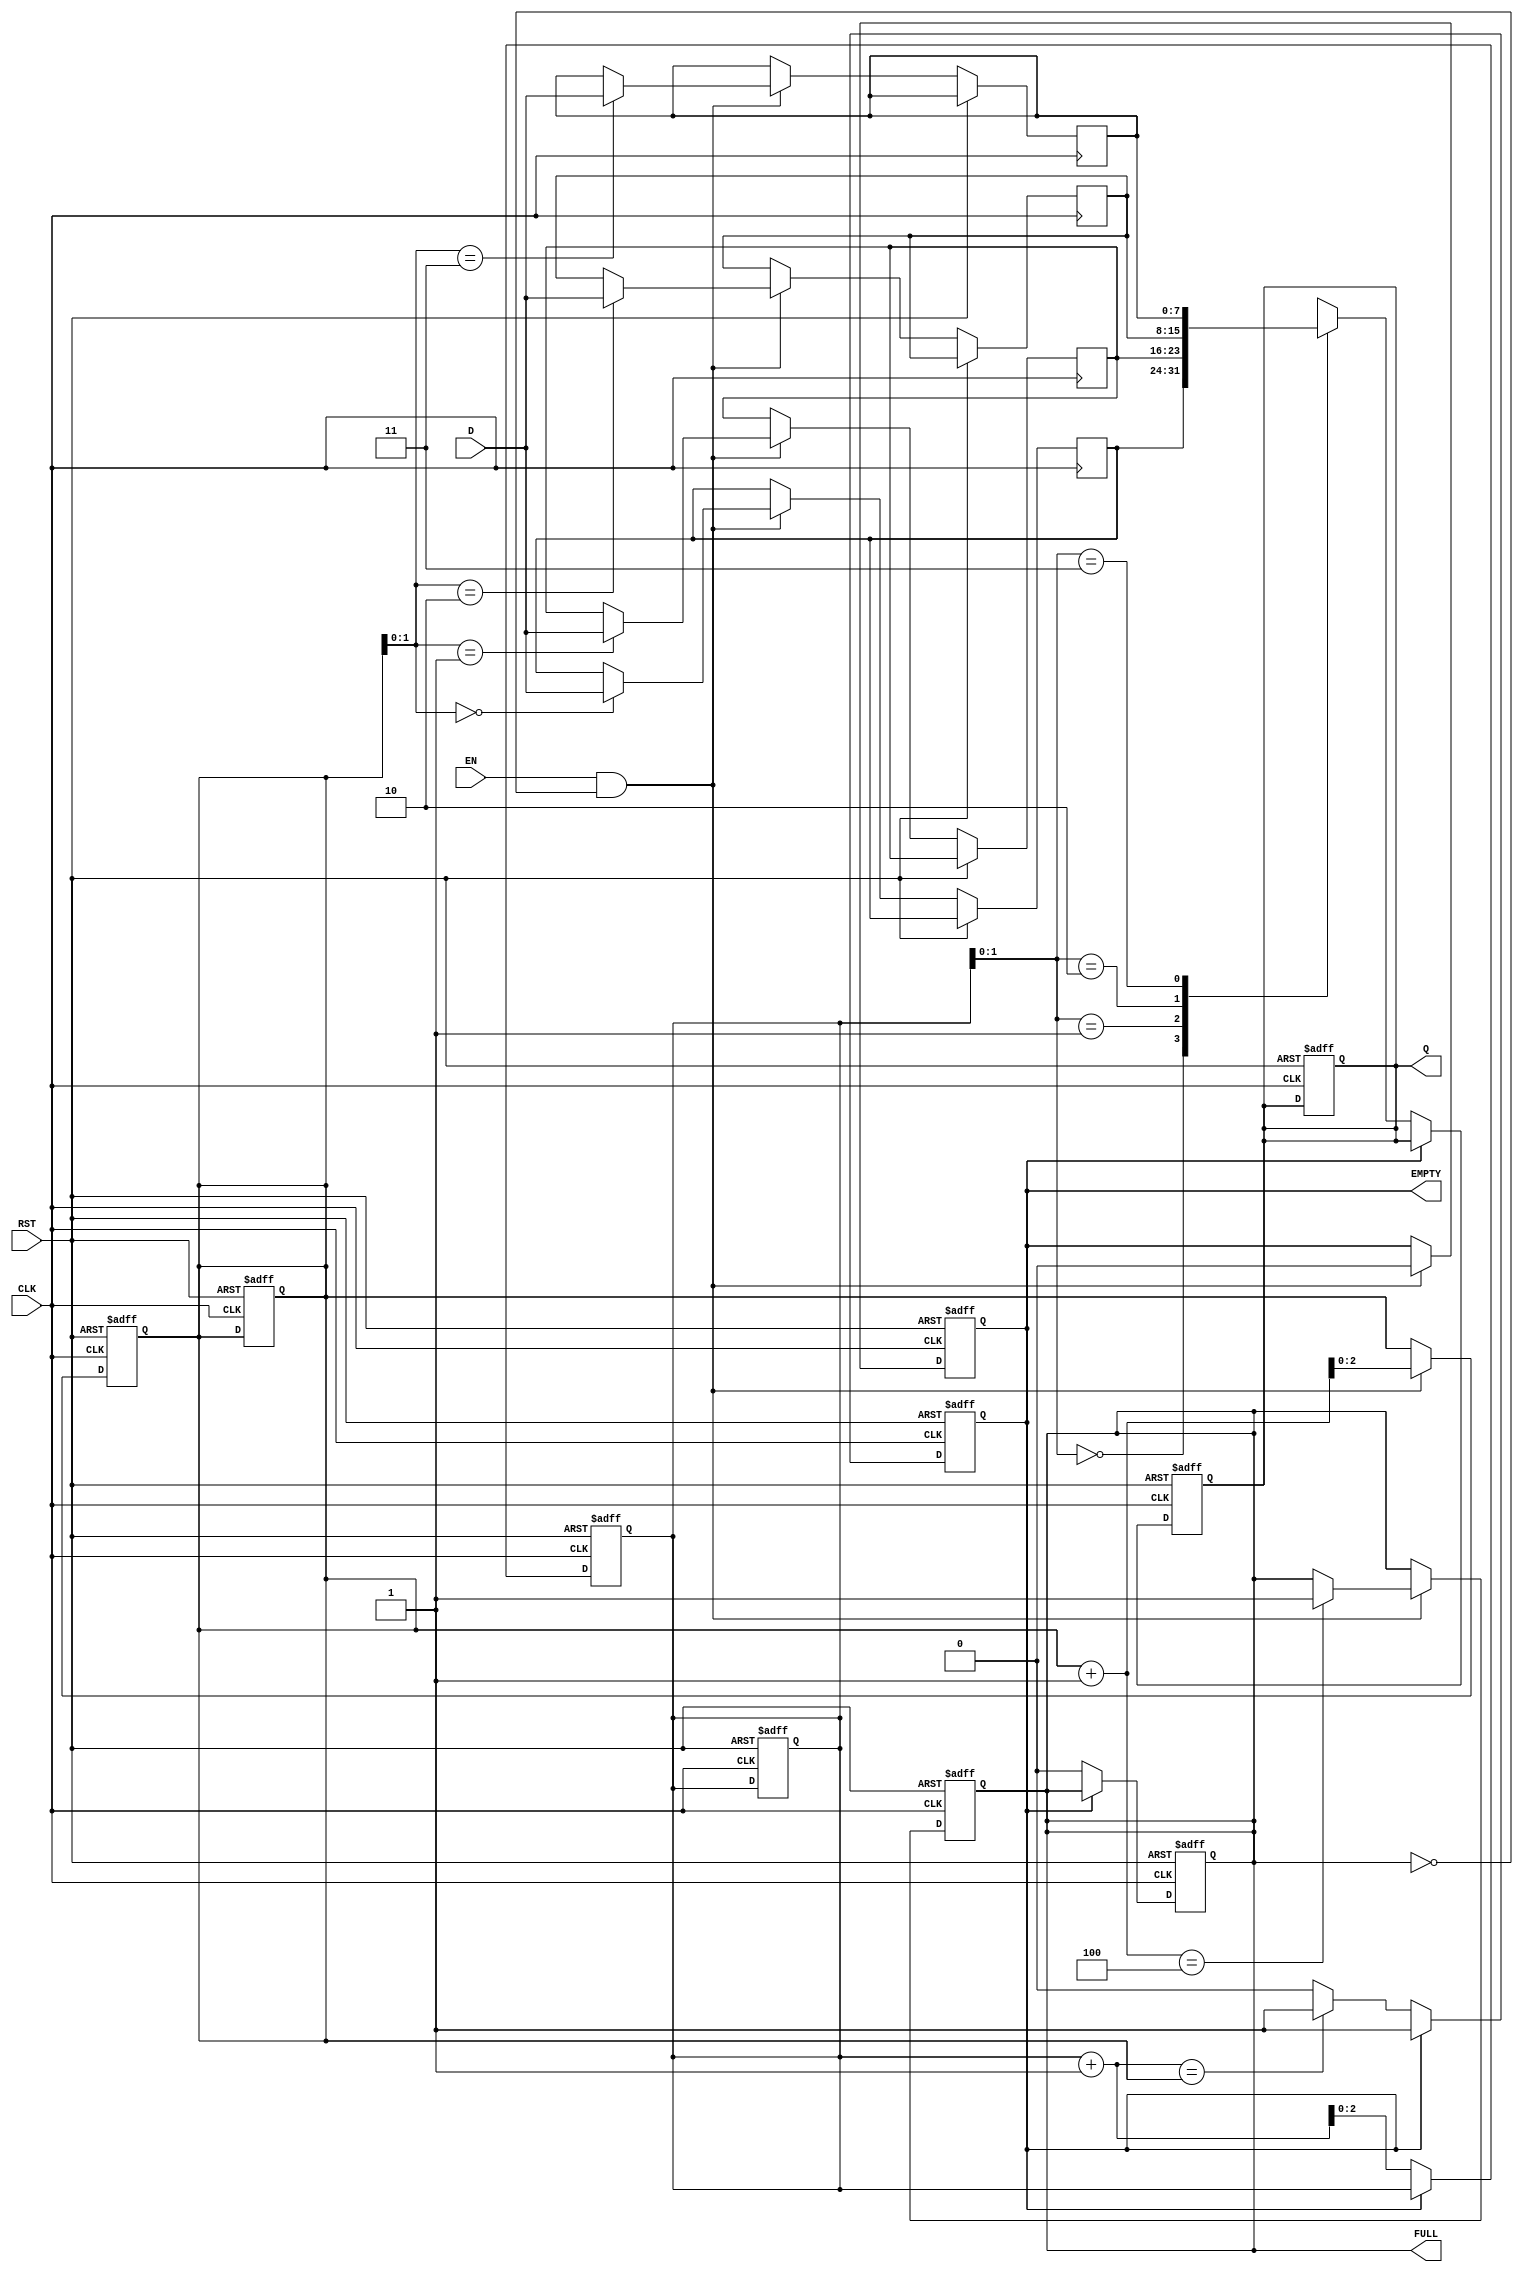
module pipeline_buffer #(
    parameter DATA_WIDTH = 8, // Width of the data input
    parameter DEPTH = 4        // Depth of the buffer
)(
    input  wire [DATA_WIDTH-1:0] D,    // Data input
    input  wire CLK,                     // Clock signal
    input  wire RST,                     // Reset signal
    input  wire EN,                      // Enable signal
    output reg  [DATA_WIDTH-1:0] Q,     // Data output
    output reg  FULL,                    // Full flag
    output reg  EMPTY                    // Empty flag
);

    // Internal storage array
    reg [DATA_WIDTH-1:0] buffer [0:DEPTH-1];
    reg [2:0] write_ptr; // Write pointer (3 bits for depth of 4)
    reg [2:0] read_ptr;  // Read pointer (3 bits for depth of 4)

    // Initialize the buffer and flags
    initial begin
        write_ptr = 0;
        read_ptr = 0;
        FULL = 0;
        EMPTY = 1;
        Q = 0;
    end

    // Write operation
    always @(posedge CLK or posedge RST) begin
        if (RST) begin
            // Reset logic
            write_ptr <= 0;
            read_ptr <= 0;
            FULL <= 0;
            EMPTY <= 1;
            Q <= 0;
        end else if (EN && !FULL) begin
            // Write data to buffer
            buffer[write_ptr] <= D;
            write_ptr <= write_ptr + 1;
            EMPTY <= 0; // Buffer is not empty anymore
            // Check if buffer is now full
            if (write_ptr + 1 == DEPTH) begin
                FULL <= 1;
            end
        end
    end

    // Read operation
    always @(posedge CLK or posedge RST) begin
        if (RST) begin
            // Reset logic
            write_ptr <= 0;
            read_ptr <= 0;
            FULL <= 0;
            EMPTY <= 1;
            Q <= 0;
        end else if (!EMPTY) begin
            // Read data from buffer
            Q <= buffer[read_ptr];
            read_ptr <= read_ptr + 1;
            FULL <= 0; // Buffer is not full anymore
            // Check if buffer is now empty
            if (read_ptr + 1 == write_ptr) begin
                EMPTY <= 1;
            end
        end
    end

endmodule